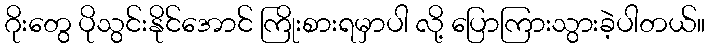
ဂိုးတွေ ပိုသွင်းနိုင်အောင် ကြိုးစားရမှာပါ လို့ ပြောကြားသွားခဲ့ပါတယ်။